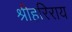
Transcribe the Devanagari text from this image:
श्रीहरिराय